Subject: math
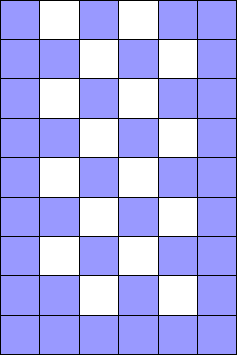
LaTeX code:
			\begin{tikzpicture}[scale = 0.5]
			\draw[step=1cm,black,very thin] (-1, -1) grid (5,8);
			\fill[blue!40!white] (-1,-1) rectangle (0,0);
			\fill[blue!40!white] (-1,0) rectangle (0,1);
			\fill[blue!40!white] (-1,1) rectangle (0,2);
			\fill[blue!40!white] (-1,2) rectangle (0,3);
			\fill[blue!40!white] (-1,3) rectangle (0,4);
			\fill[blue!40!white] (-1,4) rectangle (0,5);
			\fill[blue!40!white] (-1,5) rectangle (0,6);
			\fill[blue!40!white] (-1,6) rectangle (0,7);
			\fill[blue!40!white] (-1,7) rectangle (0,8);

			\fill[blue!40!white] (0,-1) rectangle (1,0);
			\fill[blue!40!white] (0,0) rectangle (1,1);
			\fill[blue!40!white] (0,2) rectangle (1,3);
			\fill[blue!40!white] (0,4) rectangle (1,5);
			\fill[blue!40!white] (0,6) rectangle (1,7);

			\fill[blue!40!white] (1,-1) rectangle (2,0);
			\fill[blue!40!white] (1,1) rectangle (2,2);
			\fill[blue!40!white] (1,3) rectangle (2,4);
			\fill[blue!40!white] (1,5) rectangle (2,6);
			\fill[blue!40!white] (1,7) rectangle (2,8);

			\fill[blue!40!white] (2,-1) rectangle (3,0);
			\fill[blue!40!white] (2,0) rectangle (3,1);
			\fill[blue!40!white] (2,2) rectangle (3,3);
			\fill[blue!40!white] (2,4) rectangle (3,5);
			\fill[blue!40!white] (2,6) rectangle (3,7);

			\fill[blue!40!white] (3,-1) rectangle (4,0);
			\fill[blue!40!white] (3,1) rectangle (4,2);
			\fill[blue!40!white] (3,3) rectangle (4,4);
			\fill[blue!40!white] (3,5) rectangle (4,6);
			\fill[blue!40!white] (3,7) rectangle (4,8);

			\fill[blue!40!white] (4,-1) rectangle (5,0);
			\fill[blue!40!white] (4,0) rectangle (5,1);
			\fill[blue!40!white] (4,1) rectangle (5,2);
			\fill[blue!40!white] (4,2) rectangle (5,3);
			\fill[blue!40!white] (4,3) rectangle (5,4);
			\fill[blue!40!white] (4,4) rectangle (5,5);
			\fill[blue!40!white] (4,5) rectangle (5,6);
			\fill[blue!40!white] (4,6) rectangle (5,7);
			\fill[blue!40!white] (4,7) rectangle (5,8);

			\draw[step=1cm,black,very thin] (-1, -1) grid (5,8);
			\end{tikzpicture}